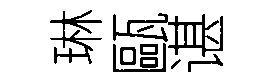
琳甌谌